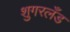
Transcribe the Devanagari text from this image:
शुगरलँड